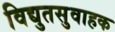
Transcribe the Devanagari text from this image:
विद्युतसुवाहक